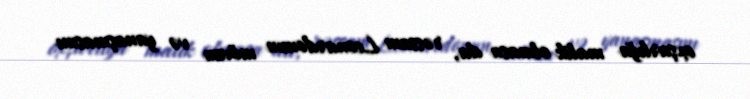
oxşarlığa malik olmasa da, rəssam Leonardonun mövzu və yanaşmasını